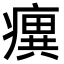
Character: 𤺆